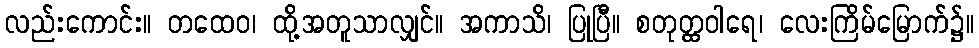
လည်းကောင်း။ တထေဝ၊ ထို့အတူသာလျှင်။ အကာသိ၊ ပြုပြီ။ စတုတ္ထဝါရေ၊ လေးကြိမ်မြောက်၌။